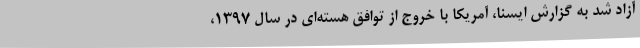
آزاد شد به گزارش ایسنا، آمریکا با خروج از توافق هسته‌ای در سال 1397،